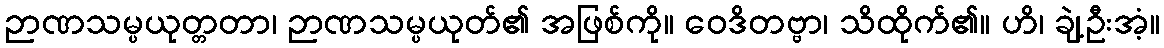
ဉာဏသမ္ပယုတ္တတာ၊ ဉာဏသမ္ပယုတ်၏ အဖြစ်ကို။ ဝေဒိတဗ္ဗာ၊ သိထိုက်၏။ ဟိ၊ ချဲ့ဦးအံ့။